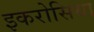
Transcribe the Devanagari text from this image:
इकरोसिया